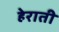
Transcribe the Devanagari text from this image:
हेराती